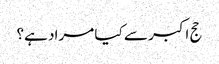
حج اکبر سے کیا مراد ہے؟